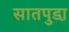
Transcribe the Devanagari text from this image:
सातपुडा़